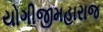
યોગીજીમહારાજ